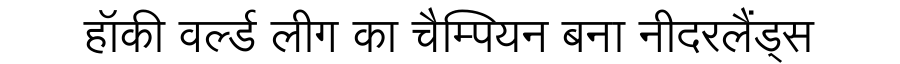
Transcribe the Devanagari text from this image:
हॉकी वर्ल्ड लीग का चैम्पियन बना नीदरलैंड्स